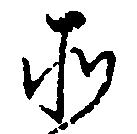
そ